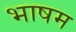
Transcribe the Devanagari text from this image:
भाषम